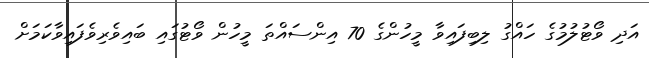
އަދި ވޯޓުލުމުގެ ހައްގު ލިބިފައިވާ މީހުންގެ 70 އިންސައްތަ މީހުން ވޯޓުގައި ބައިވެރިވެފައިވާކަމަށް